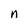
Character: n